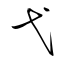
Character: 弋